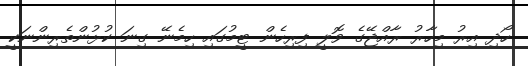
ހޯދި އިރު މިހާރު ރާއްޖޭގެ ވޮލީ ފިރިހެން ޓީމުގައި ހިމެނޭ ގިނަ ކުޅުންތެރިންނަކީ